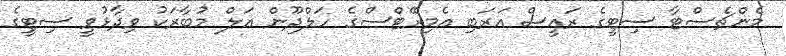
މެންޗެސްޓާ ސިޓީގެ ރައީސް އަރަބި އެމިރޭޓްސްގެ ހަލްދޫން އަލް މުބާރަކު ވިދާޅުވީ ސިޓީިގެ